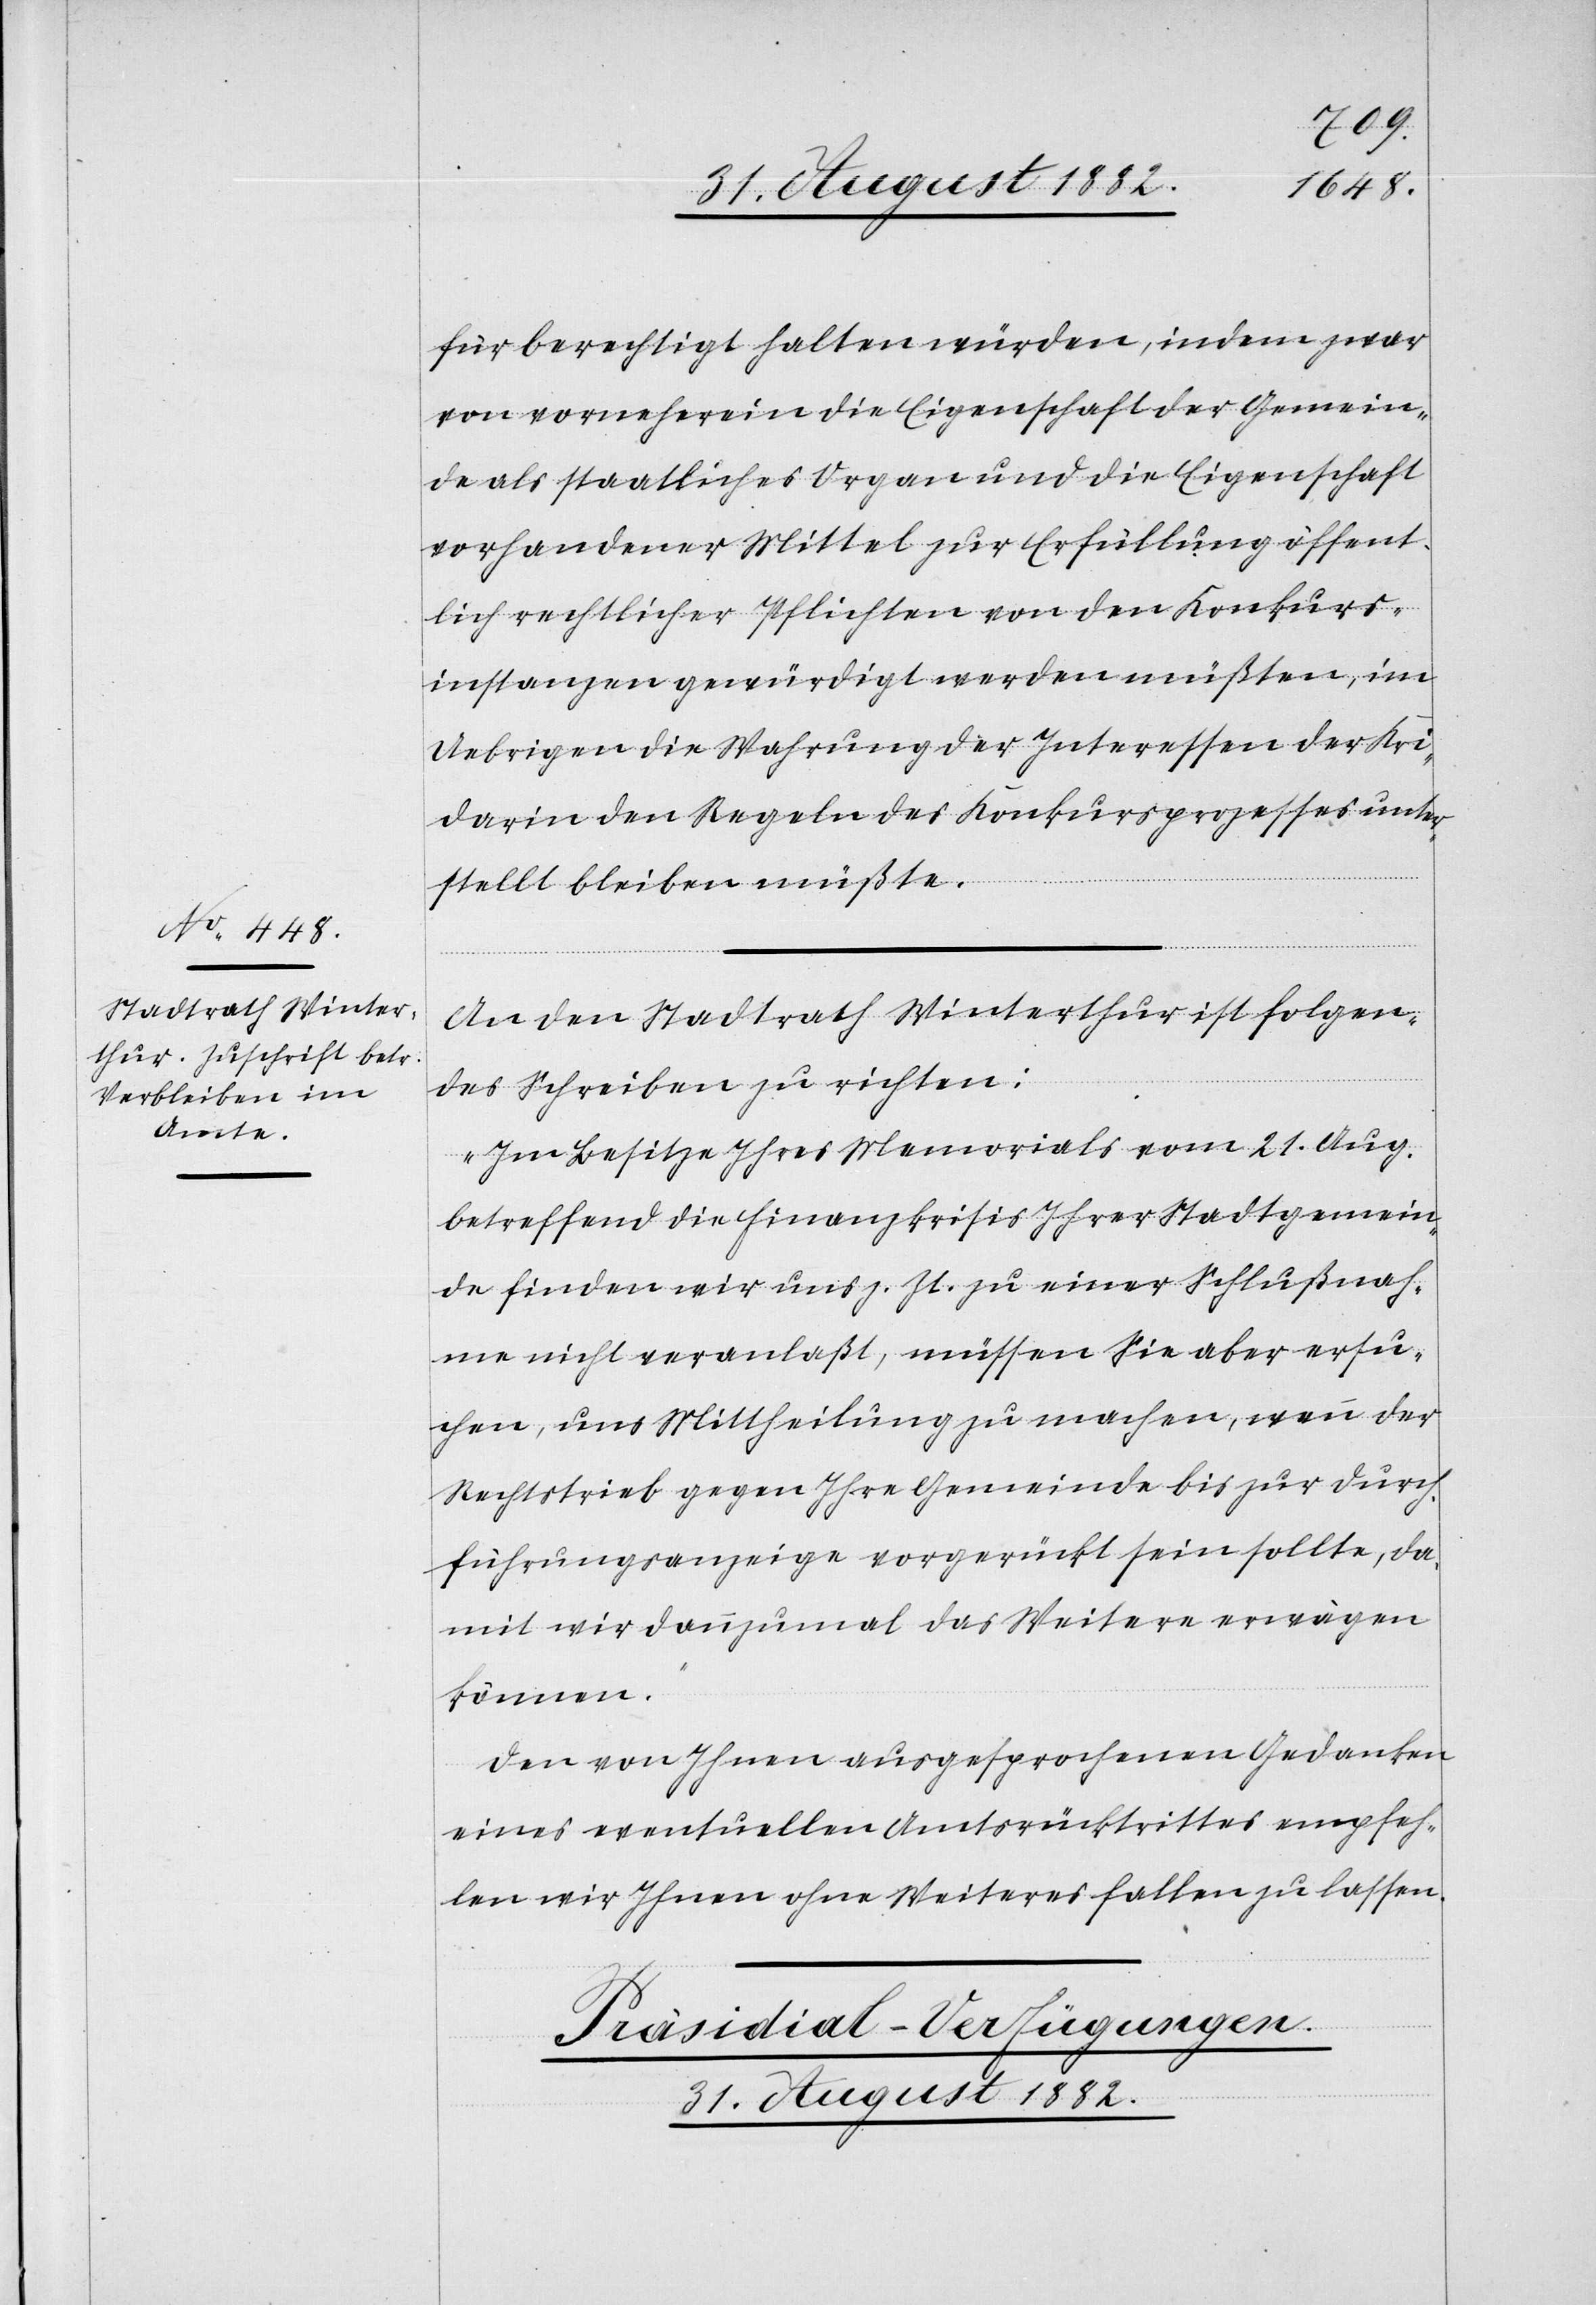
31. August 1882.
für berechtigt halten würden, indem zwar
von vornherein die Eigenschaft der Gemein¬
de als staatliches Organ und die Eigenschaft
vorhandener Mittel zur Erfüllung öffent¬
lichrechtlicher Pflichten von den Konkurs¬
instanzen gewürdigt werden müßten, im
Uebrigen die Wahrung der Interessen der Kri¬
darin den Regeln des Konkursprozesses unter¬
stellt bleiben müßte.
An den Stadtrath Winterthur ist folgen¬
des Schreiben zu richten:
„Im Besitze Ihres Memorials vom 21. Aug.
betreffend die Finanzkrisis Ihrer Stadtgemein¬
de finden wir uns z. Zt. zu einer Schlußnah¬
me nicht veranlaßt, müssen Sie aber ersu¬
chen, uns Mittheilung zu machen, wenn der
Rechtstrieb gegen Ihre Gemeinde bis zur Durch¬
führungsanzeige vorgerückt sein sollte, da¬
mit wir dannzumal das Weitere erwägen
können.
Den von Ihnen ausgesprochenen Gedanken
eines eventuellen Amtsrücktrittes empfeh¬
len wir Ihnen ohne Weiteres fallen zu lassen.“
Präsidial-Verfügungen.